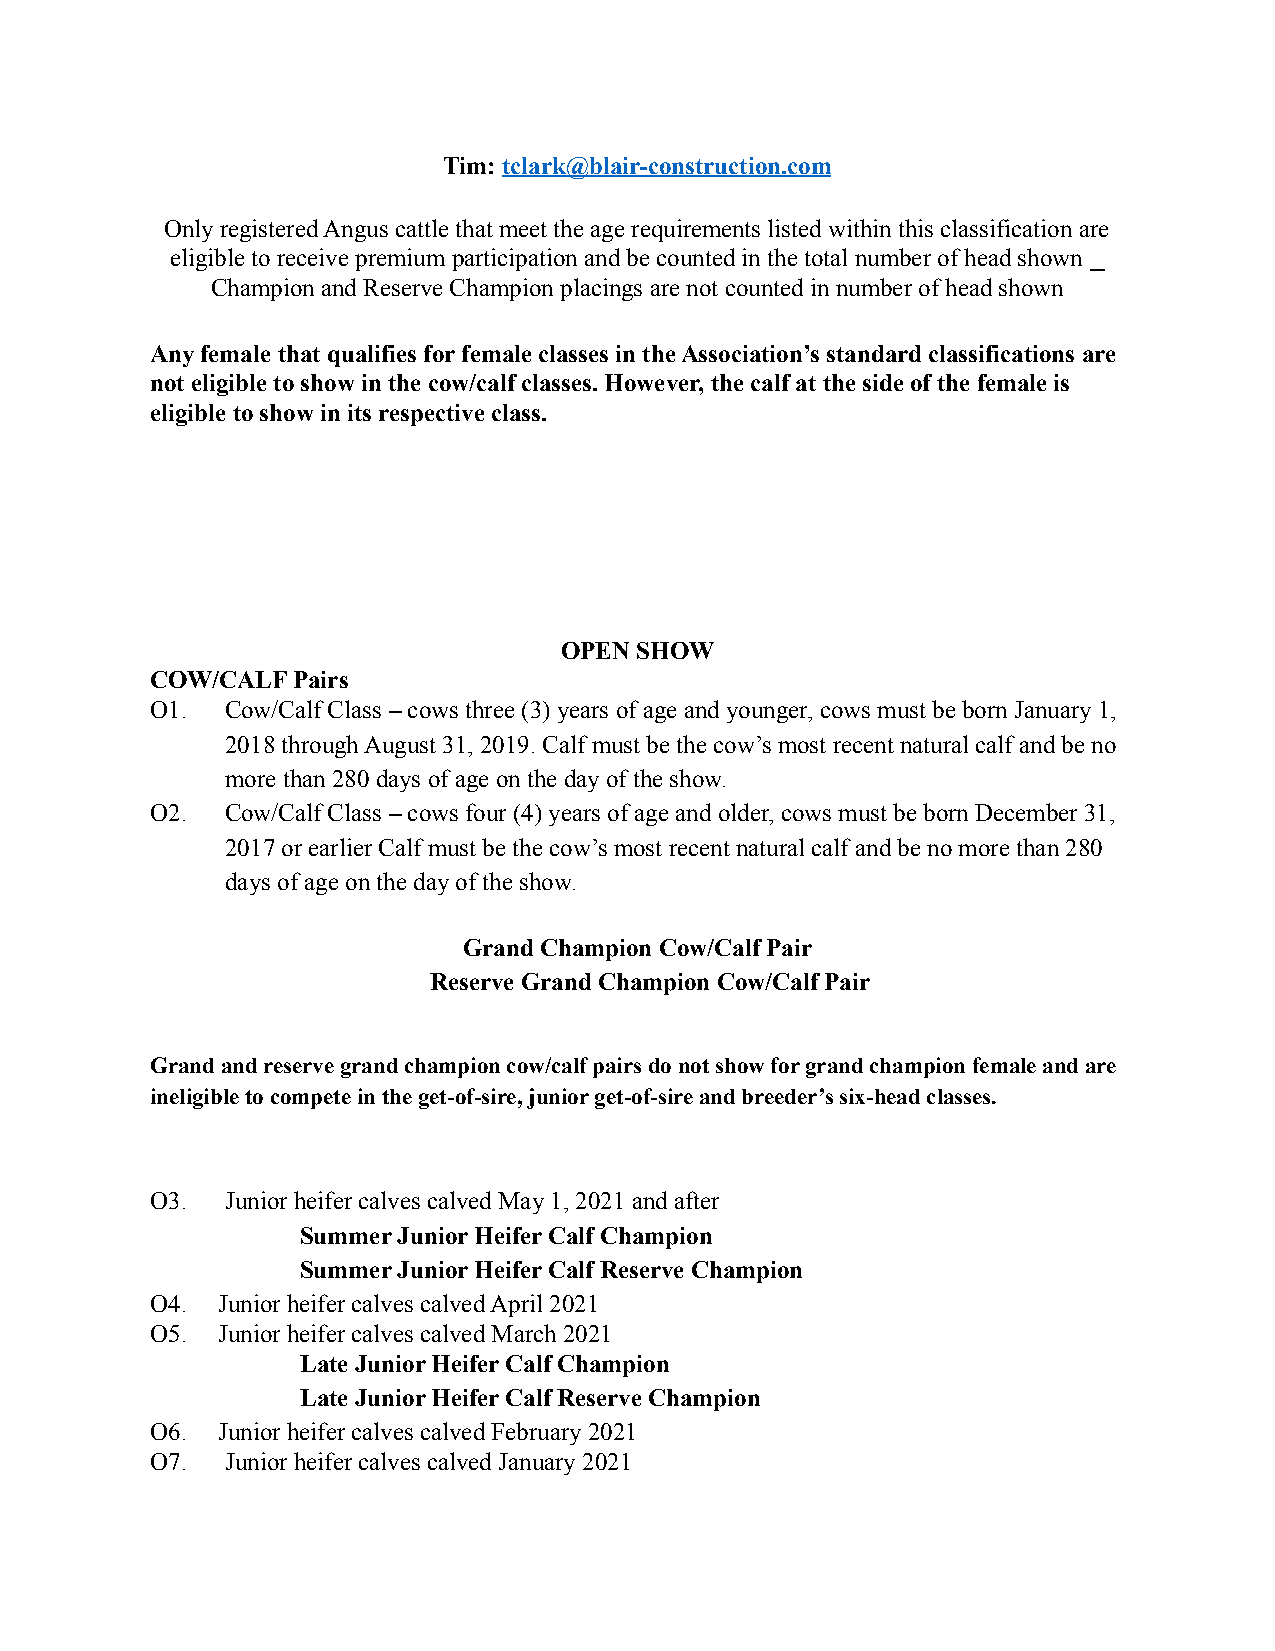
Tim: tclark@blair-construction.com
 Only registered Angus cattle that meet the age requirements listed within this classification are
 eligible to receive premium participation and be counted in the total number of head shown ⎯
 Champion and Reserve Champion placings are not counted in number of head shown
 Any female that qualifies for female classes in the Association’s standard classifications are
 not eligible to show in the cow/calf classes. However, the calf at the side of the female is
 eligible to show in its respective class.
 OPEN SHOW
 COW/CALF Pairs
 O1.  Cow/Calf Class – cows three (3) years of age and younger, cows must be born January 1,
 2018 through August 31, 2019. Calf must be the cow’s most recent natural calf and be no
 more than 280 days of age on the day of the show.
 O2.  Cow/Calf Class – cows four (4) years of age and older, cows must be born December 31,
 2017 or earlier Calf must be the cow’s most recent natural calf and be no more than 280
 days of age on the day of the show.
 Grand Champion Cow/Calf Pair
 Reserve Grand Champion Cow/Calf Pair
 Grand and reserve grand champion cow/calf pairs do not show for grand champion female and are
 ineligible to compete in the get-of-sire, junior get-of-sire and breeder’s six-head classes.
 O3.  Junior heifer calves calved May 1, 2021 and after
 Summer Junior Heifer Calf Champion
 Summer Junior Heifer Calf Reserve Champion
 O4. Junior heifer calves calved April 2021
 O5. Junior heifer calves calved March 2021
 Late Junior Heifer Calf Champion
 Late Junior Heifer Calf Reserve Champion
 O6. Junior heifer calves calved February 2021
 O7.  Junior heifer calves calved January 2021